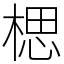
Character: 楒